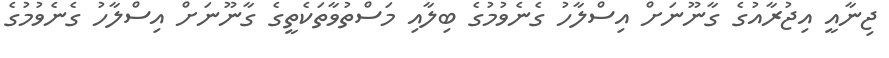
ޖިނާއީ އިޖުރާއުގެ ގާނޫނަށް އިސްލާހު ގެނެވުމުގެ ބިލާއި މަސްތުވާތަކެތީގެ ގާނޫނަށް އިސްލާހު ގެނެވުމުގެ